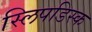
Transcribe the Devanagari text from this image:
स्लिपडिस्क